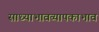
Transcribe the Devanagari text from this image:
साध्याभावव्यापकाभाव